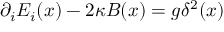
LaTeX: \partial _ { i } E _ { i } ( x ) - 2 \kappa B ( x ) = g \delta ^ { 2 } ( x )